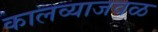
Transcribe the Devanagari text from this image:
कालव्याजवळ